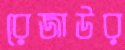
রেজাউর